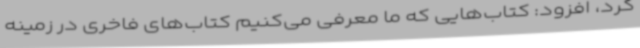
کرد، افزود: کتاب‌هایی که ما معرفی می‌کنیم کتاب‌های فاخری در زمینه